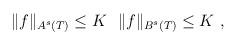
LaTeX: \begin{align*} \ \|f\|_{A^s(T)} \leq K\ \ \|f\|_{B^s(T)} \leq K \ ,\end{align*}